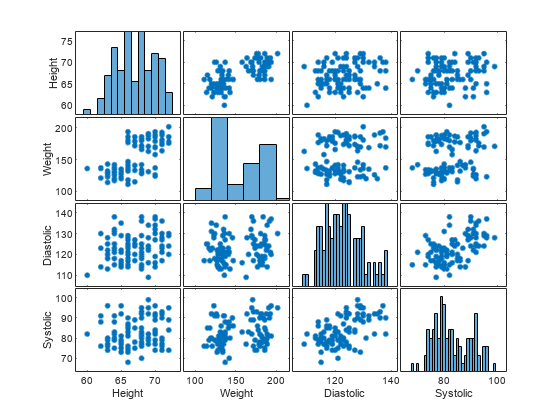
matlab, plotmatrix